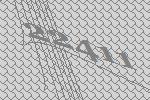
22411